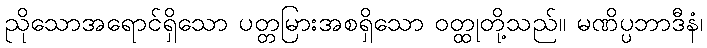
ညိုသောအရောင်ရှိသော ပတ္တမြားအစရှိသော ဝတ္ထုတို့သည်။ မဏိပ္ပဘာဒီနံ၊